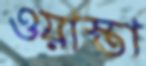
ওয়াস্তা